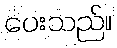
ပေးသည်။